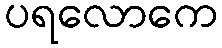
ပရလောကေ